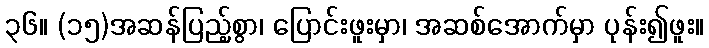
၃၆။ (၁၅)အဆန်ပြည့်စွာ၊ ပြောင်းဖူးမှာ၊ အဆစ်အောက်မှာ ပုန်း၍ဖူး။